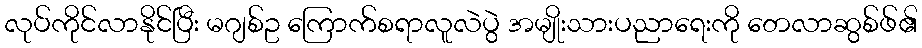
လုပ်ကိုင်လာနိုင်ပြီး မဂျစ်ဥ ကြောက်စရာလူလဲပွဲ အမျိုးသားပညာရေးကို တေလာဆွစ်ဖ်၏